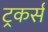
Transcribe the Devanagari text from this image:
ट्रकर्स